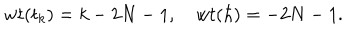
w t ( t _ { k } ) = k - 2 N - 1 , ~ w t ( \hbar ) = - 2 N - 1 .